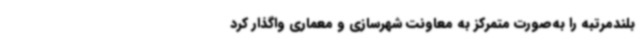
بلندمرتبه را به‌صورت متمرکز به معاونت شهرسازی و معماری واگذار کرد